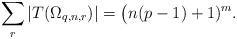
LaTeX: \begin{align*}\sum_r|T(\Omega_{q,n,r})|=\bigl(n(p-1)+1)^m.\end{align*}